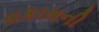
વકાસની